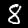
Label: 8